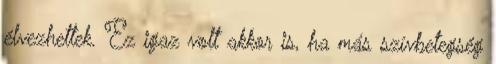
élvezhettek. Ez igaz volt akkor is, ha más szívbetegség